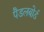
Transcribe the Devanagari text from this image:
पैडलबोर्ड